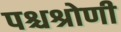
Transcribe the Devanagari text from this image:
पश्चश्रोणी